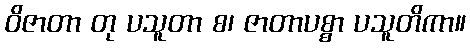
ဝိဇာတာ တု ပသူတာ စ၊ ဇာတာပစ္စာ ပသူတိကာ။